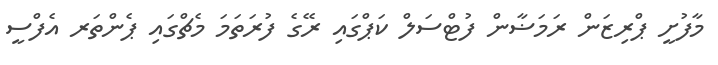
މާފުށީ ޕްރިޒަން ރަމަޟާން ފުޓްސަލް ކަޕްގައި ރޭގެ ފުރަތަމަ މެޗްގައި ޕެންތަރ އެފްސީ